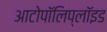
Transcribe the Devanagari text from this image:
आटोपॉलिप्लॉइड